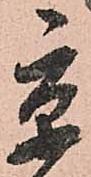
京